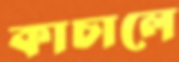
কাচালে